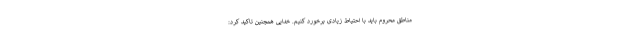
مناطق محروم باید با احتیاط زیادی برخورد کنیم. خدایی همچنین تاکید کرد: